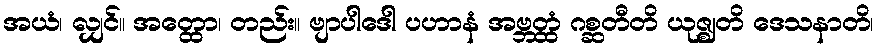
အယံ၊ လျှင်။ အတ္ထော၊ တည်း။ ဗျာပါဒေါ ပဟာနံ အဗ္ဘတ္ထံ ဂစ္ဆတီတိ ယုဇ္ဈတိ ဒေသနာတိ၊